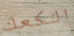
الكعك